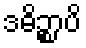
ဒဓိဉ္စာပိ